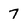
Character: 7